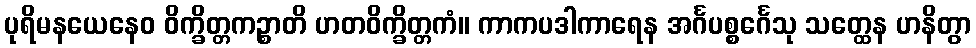
ပုရိမနယေနေဝ ဝိက္ခိတ္တကဉ္စာတိ ဟတဝိက္ခိတ္တကံ။ ကာကပဒါကာရေန အင်္ဂပစ္စင်္ဂေသု သတ္ထေန ဟနိတွာ